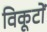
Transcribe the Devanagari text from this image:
विकूटों